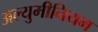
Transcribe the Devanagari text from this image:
अल्युमीनियम